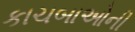
કાચબાઓની